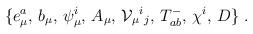
LaTeX: \begin{align*}\{ e_\mu^a,\,b_\mu,\, \psi_\mu^i,\,A_\mu,\,{\cal V}_\mu{}^i{}_j,\,T^-_{ab},\, \chi^i,\, D\}\ .\end{align*}